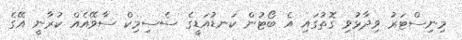
މިނިސްޓަރު ވިދާޅުވި ގޮތުގައި އެ ބޯޓުން ކަނޑުއަޑީގެ ސެސިމިކް ސާވޭއެއް ކުރާނީ އޭގެ